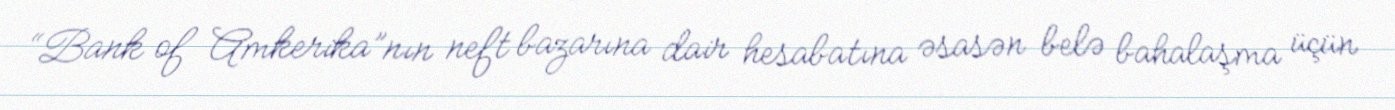
“Bank of Amkerika”nın neft bazarına dair hesabatına əsasən belə bahalaşma üçün